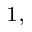
^ { 1 , }